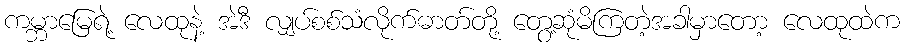
ကမ္ဘာမြေရဲ့ လေထုနဲ့ အဲဒီ လျှပ်စစ်သံလိုက်ဓာတ်တို့ တွေ့ဆုံမိကြတဲ့အခါမှာတော့ လေထုထဲက